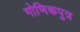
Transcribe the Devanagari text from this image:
गोणिकपुत्र